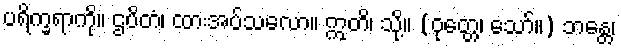
ပရိက္ခရာကို။ ဌပိတံ၊ ထားအပ်သလော။ ဣတိ၊ သို့။ (ဝုတ္တေ၊ သော်။) ဘန္တေ၊